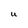
Character: U